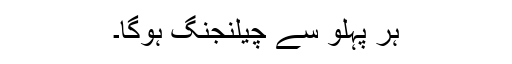
ہر پہلو سے چیلنجنگ ہوگا۔